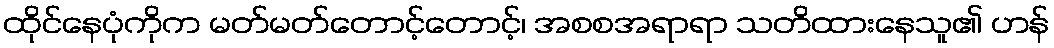
ထိုင်နေပုံကိုက မတ်မတ်တောင့်တောင့်၊ အစစအရာရာ သတိထားနေသူ၏ ဟန်